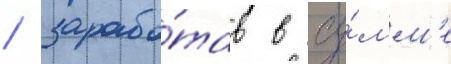
/ зарабо́тав в су́мм'е